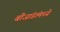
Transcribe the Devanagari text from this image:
बीजांडांमध्ये